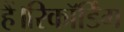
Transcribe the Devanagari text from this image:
हैं।रिकॉर्डिंग